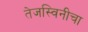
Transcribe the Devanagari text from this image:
तेजस्विनीचा